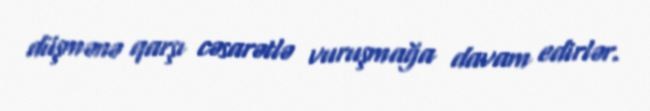
düşmənə qarşı cəsarətlə vuruşmağa davam edirlər.